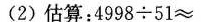
(2)估算：$$4 9 9 8 \div 5 1 ≈$$